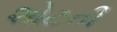
શોટની